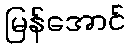
မြန်အောင်